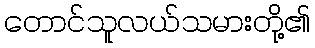
တောင်သူလယ်သမားတို့၏